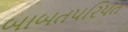
બાબતપરિપત